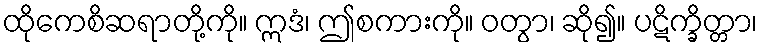
ထိုကေစိဆရာတို့ကို။ ဣဒံ၊ ဤစကားကို။ ဝတွာ၊ ဆို၍။ ပဋိက္ခိတ္တာ၊